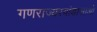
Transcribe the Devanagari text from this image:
गणराज्यरवांडासाओ